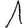
Digit: 1